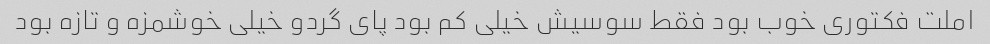
املت فکتوری خوب بود فقط سوسیش خیلی کم بود پای گردو خیلی خوشمزه و تازه بود